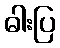
ဓါးပြ